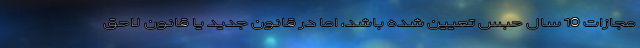
مجازات 10 سال حبس تعیین شده باشد، اما در قانون جدید یا قانون لاحق